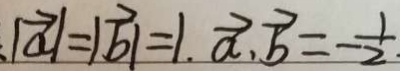
\vert \overrightarrow { a } \vert = \vert \overrightarrow { b \vert } \vert = 1 , \overrightarrow { a } , \overrightarrow { b } = - \frac { 1 } { 2 } .